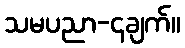
သမပညာ-၄ချက်။